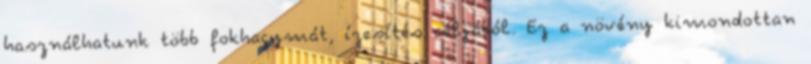
használhatunk több fokhagymát, ízesítés céljából. Ez a növény kimondottan